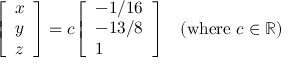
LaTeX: { \left[ \begin{array} { l } { x } \\ { y } \\ { z } \end{array} \right] } = c { \left[ \begin{array} { l } { - 1 / 1 6 } \\ { - 1 3 / 8 } \\ { 1 } \end{array} \right] } \quad ( { \mathrm { w h e r e ~ } } c \in \mathbb { R } )